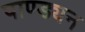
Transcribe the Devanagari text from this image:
पाण्ड्यन